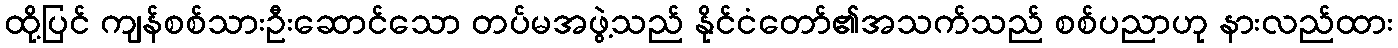
ထို့ပြင် ကျန်စစ်သားဦးဆောင်သော တပ်မအဖွဲ့သည် နိုင်ငံတော်၏အသက်သည် စစ်ပညာဟု နားလည်ထား